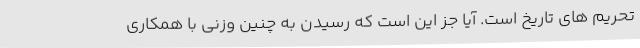
تحریم های تاریخ است. آیا جز این است که رسیدن به چنین وزنی با همکاری